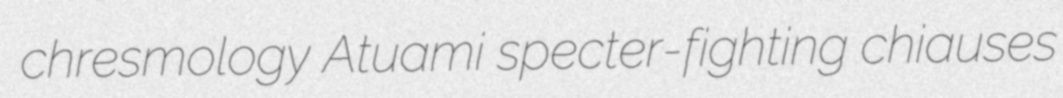
chresmology Atuami specter-fighting chiauses